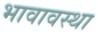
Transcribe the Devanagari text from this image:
भावावस्था